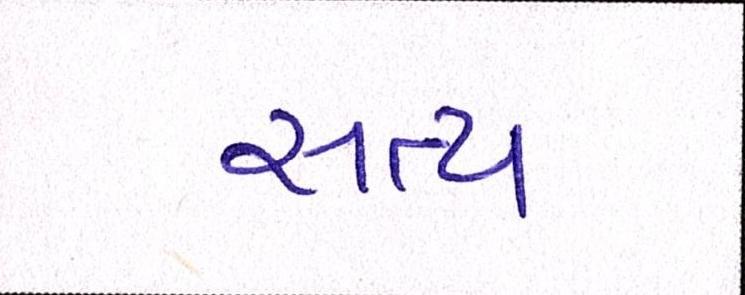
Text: સત્ય